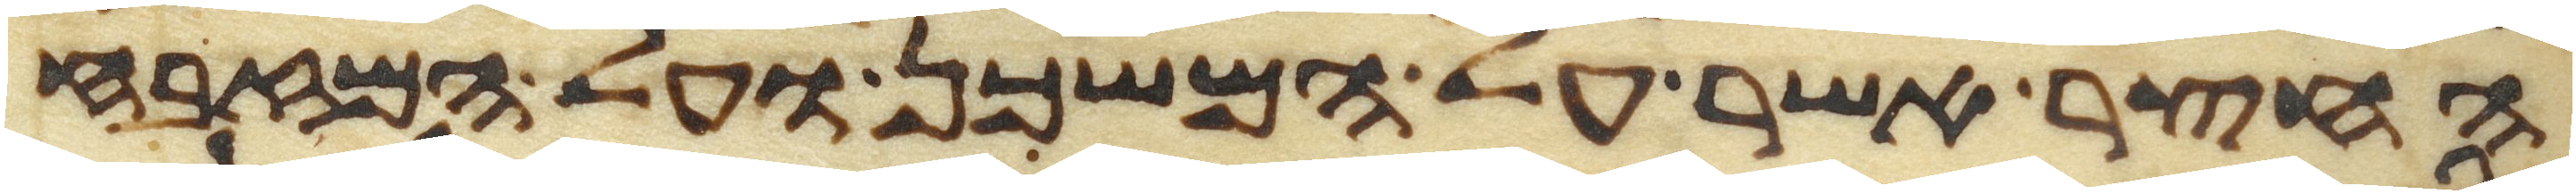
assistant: החצר אשר על המשכן ועל המזבח